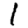
Digit: 1